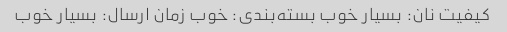
کیفیت نان: بسیار خوب بسته‌بندی: خوب زمان ارسال: بسیار خوب